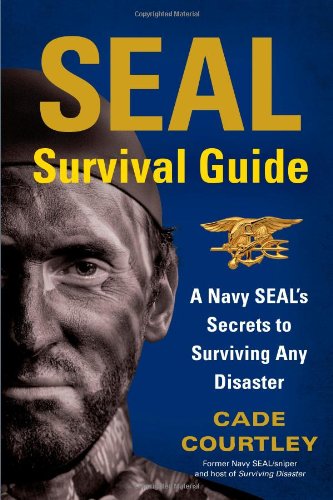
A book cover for SEAL Survival Guide: A Navy SEAL's Secrets to Surviving Any Disaster; Cade Courtley; Reference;